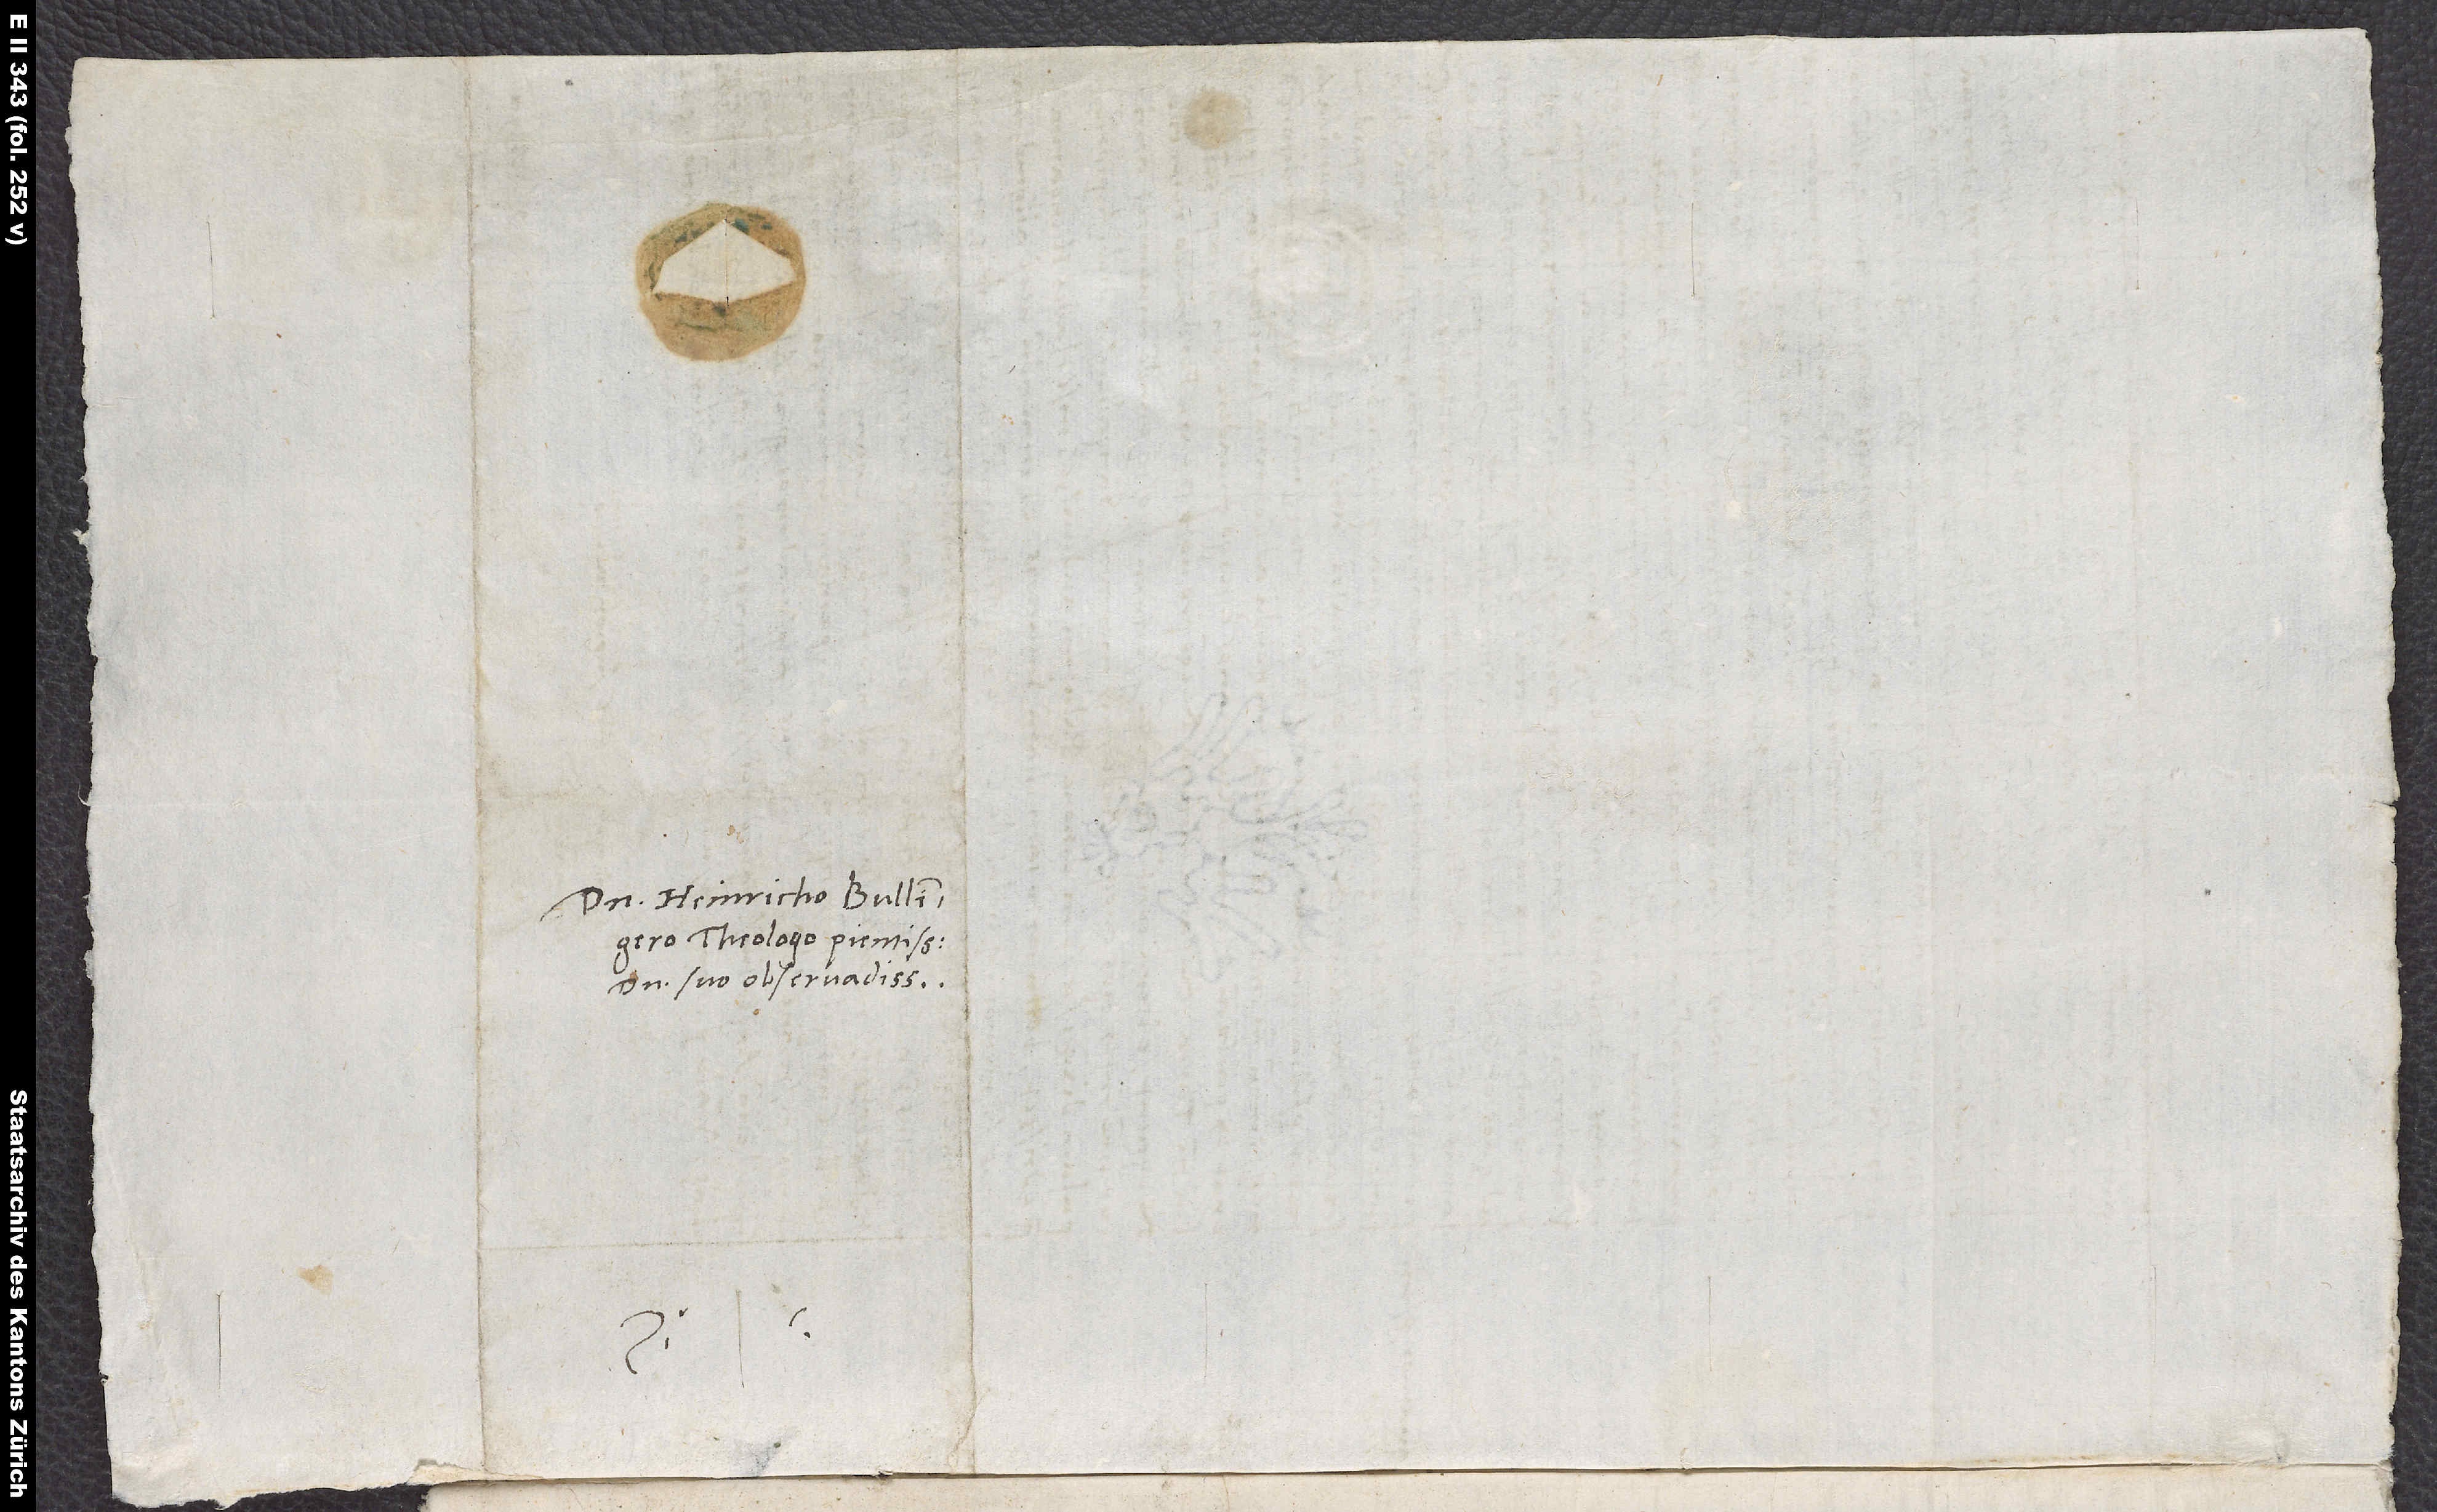
Domino Heinricho Bullingero,
theologo pientissimo,
domino suo observandissimo.